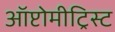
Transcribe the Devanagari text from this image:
ऑप्टोमीट्रिस्ट